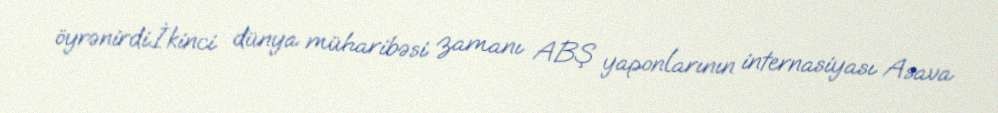
öyrənirdi.İkinci dünya müharibəsi zamanı ABŞ yaponlarının internasiyası Asava